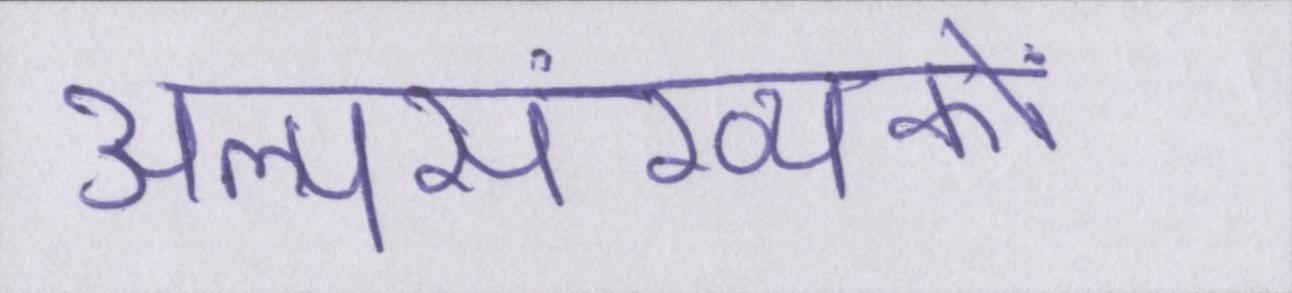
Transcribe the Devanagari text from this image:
अल्पसंख्यकों